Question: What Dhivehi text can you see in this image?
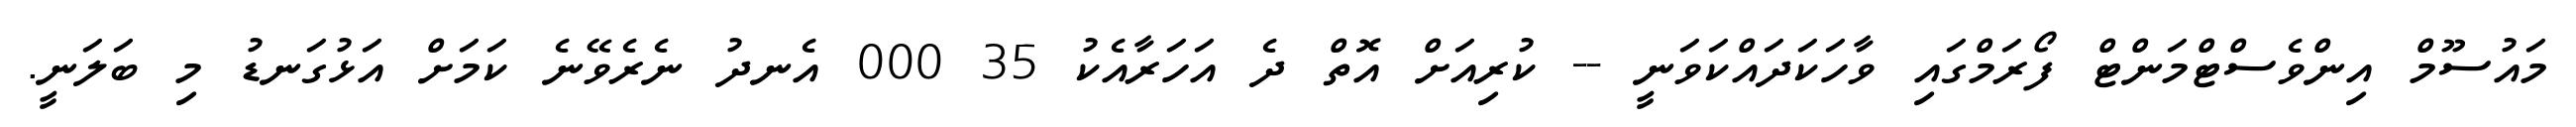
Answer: މައުސޫމް އިންވެސްޓްމަންޓް ފޯރަމްގައި ވާހަކަދައްކަވަނީ -- ކުރިއަށް އޮތް ދެ އަހަރާއެކު 35 000 އެނދު ނެރެވޭނެ ކަމަށް އަޅުގަނޑު މި ބަލަނީ.